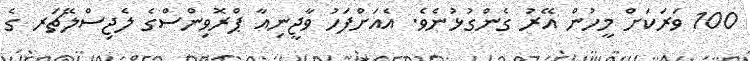
100 ވަރަކަށް މީހުން އޭރު ގެންގުޅުނެވެ. އެއަށްފަހު ވާޖީނިއާ ޕްރޮވިންސްގެ ލެޖިސްލޭޗަރ ގެ